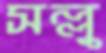
সল্লু